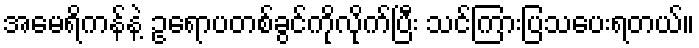
အမေရိကန်နဲ့ ဥရောပတစ်ခွင်ကိုလိုက်ပြီး သင်ကြားပြသပေးရတယ်။